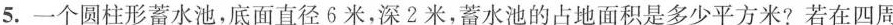
5. 一个圆柱形蓄水池，底面直径6米，深2米，蓄水池的占地面积是多少平方米?